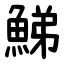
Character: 鮷